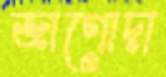
জাগোদা